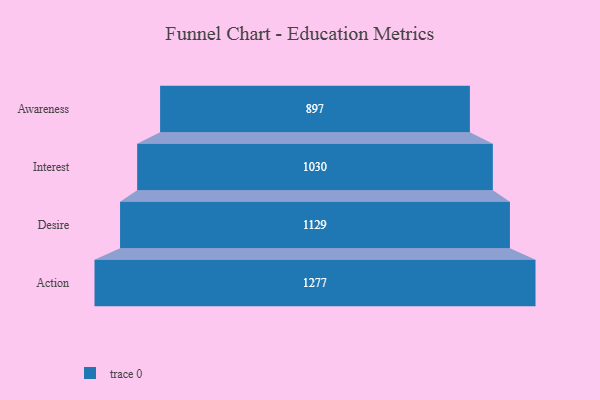
{"axis": {"x": "Stage", "y": "Value"}, "legend": [""], "data": [{"x": "Awareness", "y": 897.0, "type": ""}, {"x": "Interest", "y": 1030.0, "type": ""}, {"x": "Desire", "y": 1129.0, "type": ""}, {"x": "Action", "y": 1277.0, "type": ""}]}